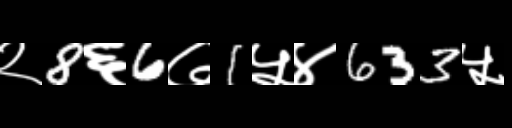
Text: २8६6७1५४633५